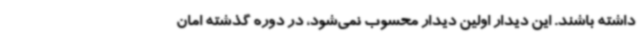
داشته باشند. این دیدار اولین دیدار محسوب نمی‌شود، در دوره گذشته امان